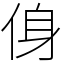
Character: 㑗